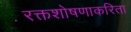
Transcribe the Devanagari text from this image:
रक्तशोषणाकरिता